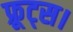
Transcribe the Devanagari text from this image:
फ्रूट्स।